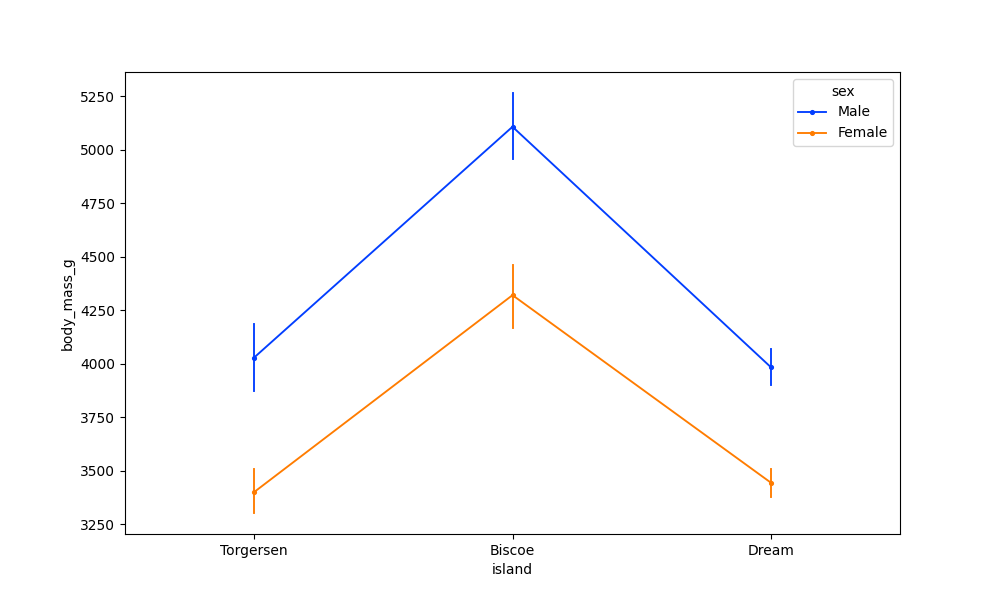
python, seaborn, pointplot, scale=0.5, join=True, hue='sex', palette='bright'